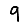
Digit: 9